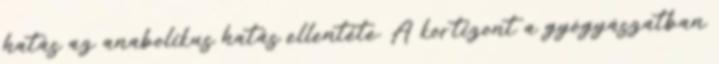
hatás az anabolikus hatás ellentéte. A kortizont a gyógyászatban